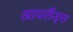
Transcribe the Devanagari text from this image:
आयलैंड्स